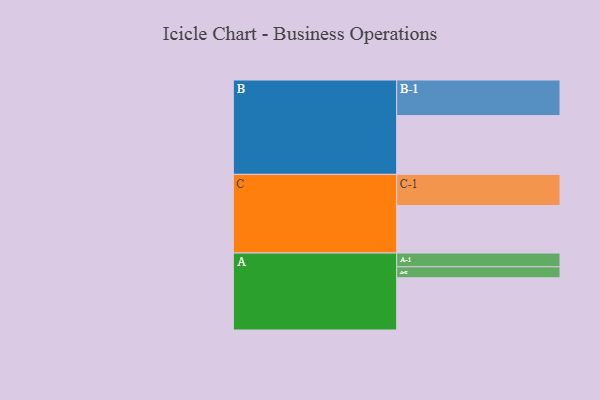
{"axis": {"x": "Segment", "y": "Value"}, "legend": ["", "A", "B", "C"], "data": [{"x": "A", "y": 330, "type": ""}, {"x": "B", "y": 371, "type": ""}, {"x": "C", "y": 300, "type": ""}, {"x": "A-1", "y": 87, "type": "A"}, {"x": "A-2", "y": 69, "type": "A"}, {"x": "B-1", "y": 225, "type": "B"}, {"x": "C-1", "y": 197, "type": "C"}]}